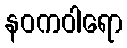
နဝကဝါရော